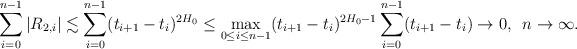
LaTeX: \begin{align*}\sum_{i=0}^{n-1} |R_{2,i} |\lesssim \sum_{i=0}^{n-1} (t_{i+1}-t_i)^{2H_0} \leq \max_{0\le i\le n-1} (t_{i+1}-t_i)^{2H_0-1}\sum_{i=0}^{n-1} (t_{i+1}-t_i) \to 0,\,\ n\to \infty.\end{align*}